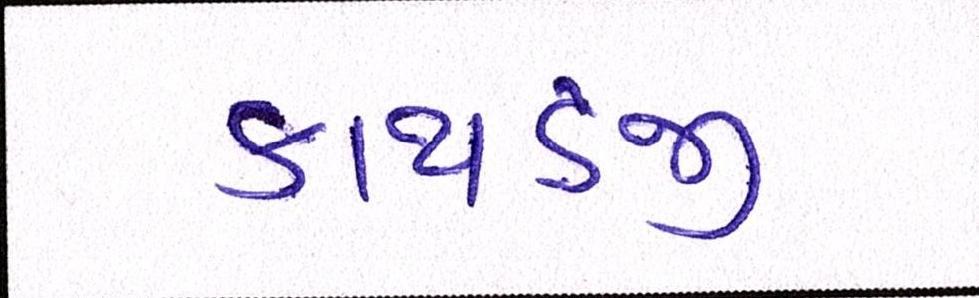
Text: કાથડજી